Civil Veterinary Dept. Assam report 1911-1927 - 1911-1927
Year: 1911
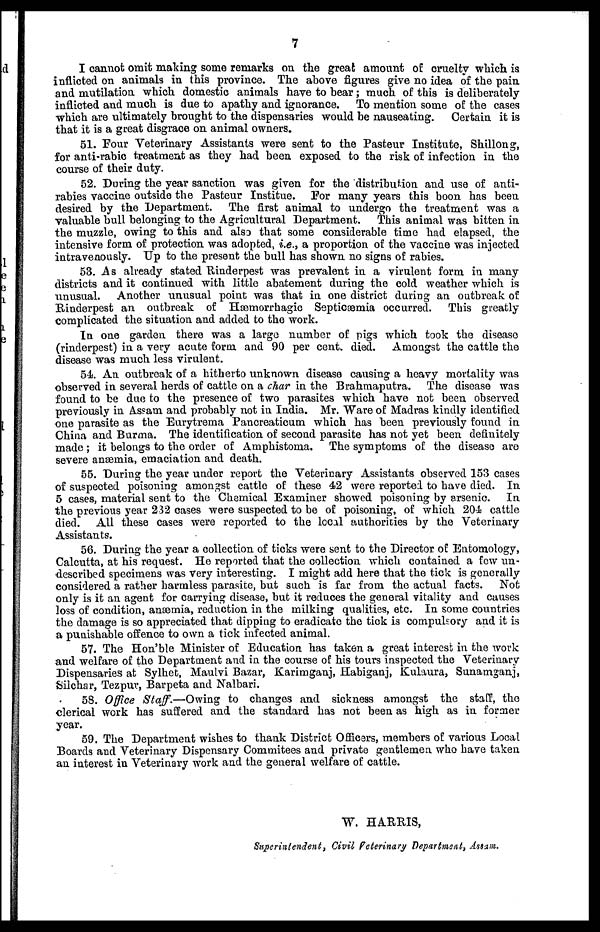
7
I cannot omit making some remarks on the great amount of cruelty which is
inflicted on animals in this province. The above figures give no idea of the pain
and mutilation which domestic animals have to bear; much of this is deliberately-
inflicted and much is due to apathy and ignorance. To mention some of the cases
which are ultimately brought to the dispensaries would be nauseating. Certain it is
that it is a great disgrace on animal owners.
51. Four Veterinary Assistants were sent to the Pasteur Institute, Shillong,
for anti-rabic treatment as they had been exposed to the risk of infection in the
course of their duty.
52. During the year sanction was given for the distribution and use of anti-
rabies vaccine outside the Pasteur Institue. For many years this boon has been
desired by the Department. The first animal to undergo the treatment was a
valuable bull belonging to the Agricultural Department. This animal was bitten in
the muzzle, owing to this and also that some considerable time had elapsed, the
intensive form of protection was adopted, i.e., a proportion of the vaccine was injected
intravenously. Up to the present the bull has shown no signs of rabies.
53. As already stated Rinderpest was prevalent in a virulent form in many
districts and it continued with little abatement during the cold weather which is
unusual. Another unusual point was that in one district during an outbreak of
Rinderpest an outbreak of Hæmorrhagic Septicæmia occurred. This greatly
complicated the situation and added to the work.
In one garden there was a large number of pigs which took the disease
(rinderpest) in a very acute form and 90 per cent. died. Amongst the cattle the
disease was much less virulent.
54. An outbreak of a hitherto unknown disease causing a heavy mortality was
observed in several herds of cattle on a char in the Brahmaputra. The disease was
found to be due to the presence of two parasites which have not been observed
previously in Assam and probably not in India. Mr. Ware of Madras kindly identified
one parasite as the Eurytrema Pancreaticum which has been previously found in
China and Burma. The identification of second parasite has not yet been definitely
made ; it belongs to the order of Amphistoma. The symptoms of the disease are
severe anæmia, emaciation and death.
55. During the year under report the Veterinary Assistants observed 153 cases
of suspected poisoning amongst cattle of these 42 were reported to have died. In
5 cases, material sent to the Chemical Examiner showed poisoning by arsenic. In
the previous year 232 cases were suspected to be of poisoning, of which 204 cattle
died. All these cases were reported to the local authorities by the Veterinary
Assistants.
56. During the year a collection of ticks were sent to the Director of Entomology,
Calcutta, at his request. He reported that the collection which contained a few un-
described specimens was very interesting. I might add here that the tick is generally
considered a rather harmless parasite, but such is far from the actual facts. Not
only is it an agent for carrying disease, but it reduces the general vitality and causes
loss of condition, anæmia, reduction in the milking qualities, etc. In some countries
the damage is so appreciated that dipping to eradicate the tick is compulsory and it is
a punishable offence to own a tick infected animal.
57. The Hon'ble Minister of Education has taken a great interest in the work
and welfare of the Department and in the course of his tours inspected the Veterinary
Dispensaries at Sylhet, Maulvi Bazar, Karimganj, Habiganj, Kulaura, Sunamganj,
Silchar, Tezpur, Barpeta and Nalbari.
58. Office Staff.—Owing to changes and sickness amongst the staff, the
clerical work has suffered and the standard has not been as high as in former
year.
59. The Department wishes to thank District Officers, members of various Local
Boards and Veterinary Dispensary Commitees and private gentlemen who have taken
an interest in Veterinary work and the general welfare of cattle.
W. HARRIS,
Superintendent, Civil Veterinary Department, Assam.